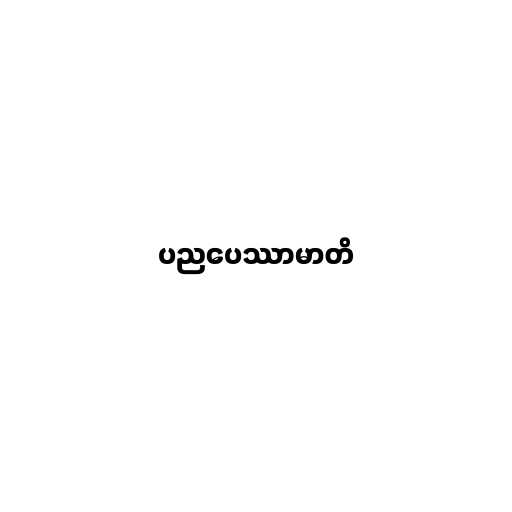
ပညပေဿာမာတိ